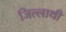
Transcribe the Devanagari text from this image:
जिल्लाथी